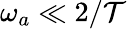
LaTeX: \omega_{a}\ll2/\mathcal{T}